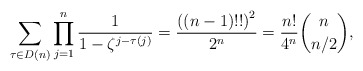
\begin{align*}\sum_{\tau \in D(n)} \prod_{j=1}^{n} \dfrac{1}{1-\zeta^{j-\tau(j)}}=\dfrac{\left( \left( n-1\right) !!\right) ^{2}}{2^n}=\dfrac{n!}{4^n}\binom{n}{n/2},\end{align*}